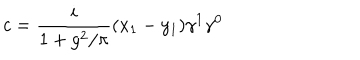
c = \frac { i } { 1 + g ^ { 2 } / \pi } ( x _ { 1 } - y _ { 1 } ) \gamma ^ { 1 } \gamma ^ { 0 }